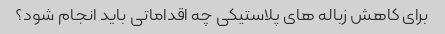
برای کاهش زباله های پلاستیکی چه اقداماتی باید انجام شود؟